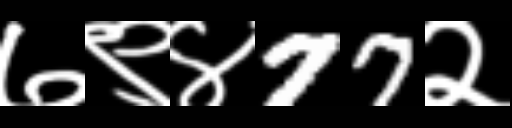
Text: ७९४77२